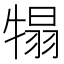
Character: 𤚺